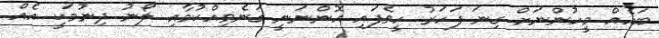
ބައެއް މީހުންނަށް ގިނަ ފަހަރު ހީވެފައި އޮންނަނީ ގަނެވިއްކުމާއި ލޯނު ދިނުމަކީ އެއް